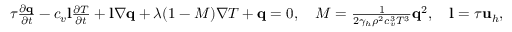
\begin{array} { r } { \tau \frac { \partial \mathbf q } { \partial t } - c _ { v } \mathbf l \frac { \partial T } { \partial t } + \mathbf l \nabla \mathbf q + \lambda ( 1 - M ) \nabla T + \mathbf q = 0 , \quad M = \frac { 1 } { 2 \gamma _ { h } \rho ^ { 2 } c _ { v } ^ { 3 } T ^ { 3 } } \mathbf q ^ { 2 } , \quad \mathbf l = \tau \mathbf u _ { h } , } \end{array}